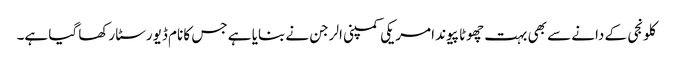
کلونجی کے دانے سے بھی بہت چھوٹا پیوند امریکی کمپنی الرجن نے بنایا ہے جس کا نام ڈیورسٹا رکھا گیا ہے۔